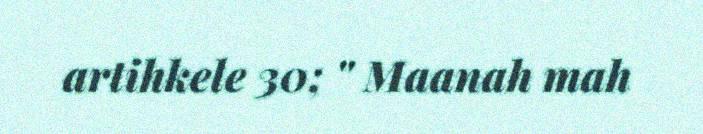
artihkele 30; " Maanah mah